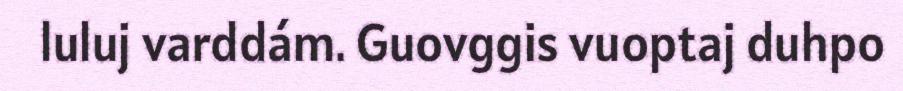
luluj varddám. Guovggis vuoptaj duhpo